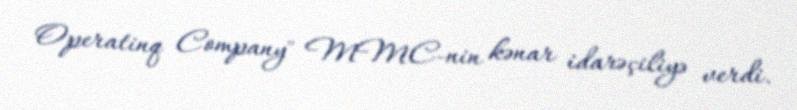
Operatinq Company" MMC-nin kənar idarəçiliyə verdi.